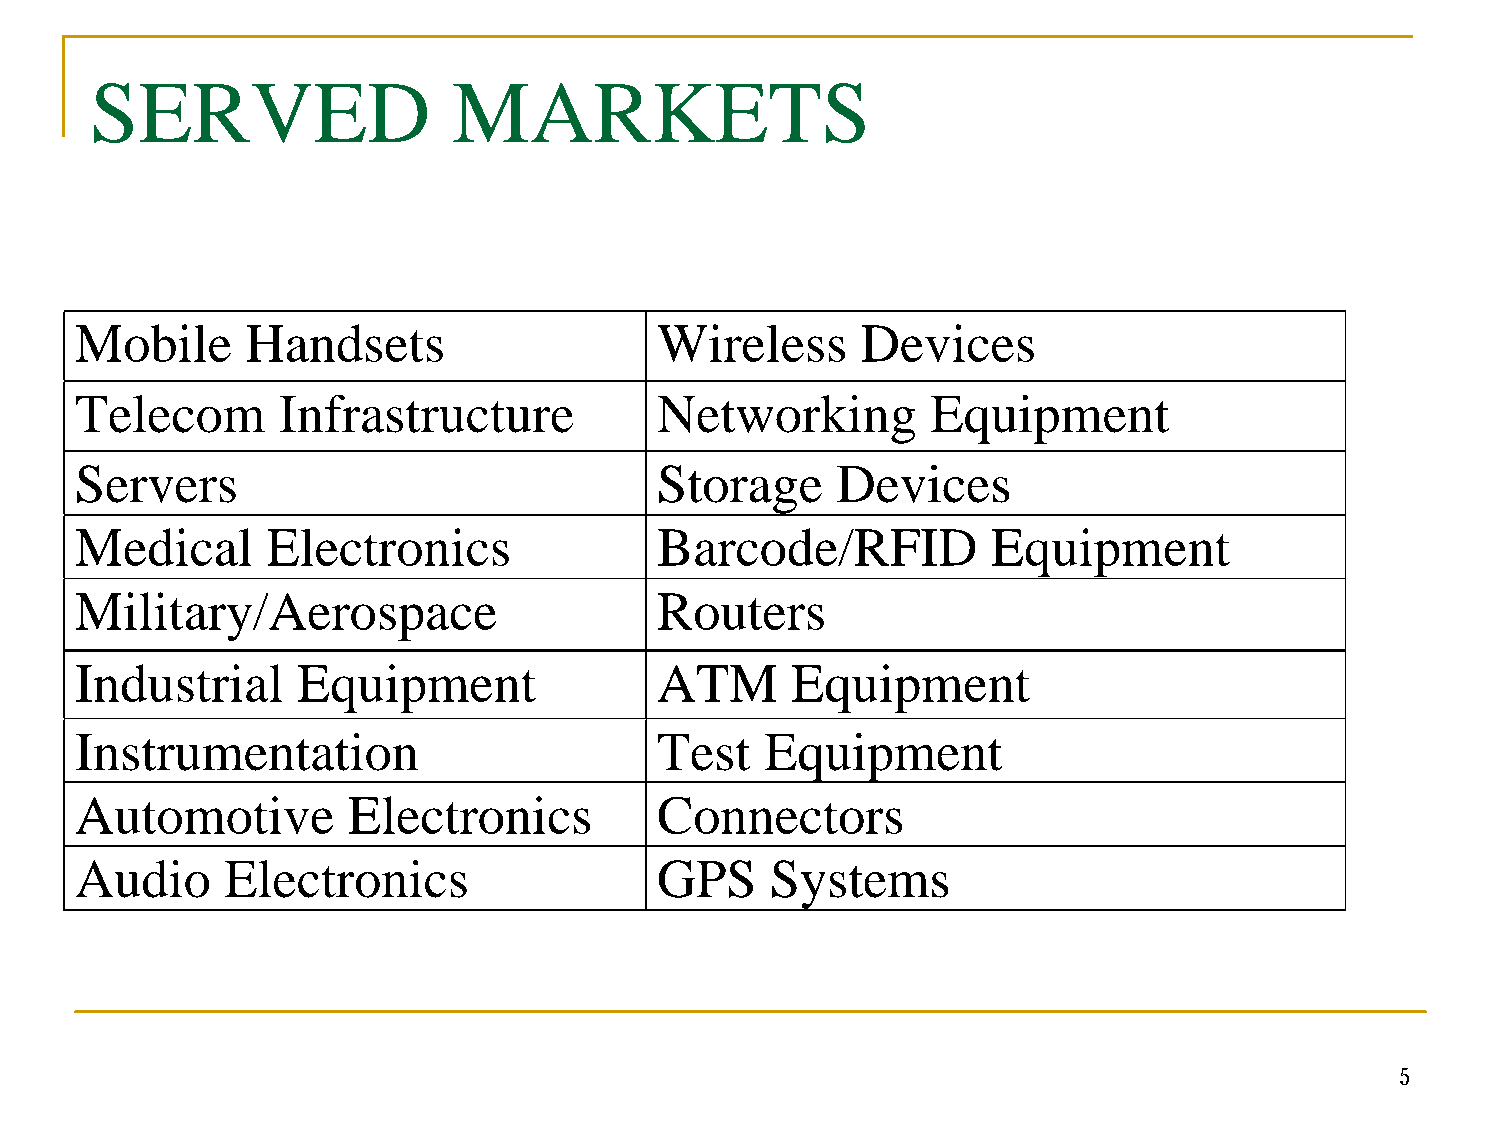
SERVED                  MARKETS
 Mobile     Handsets                   Wireless      Devices
 Telecom      Infrastructure           Networking         Equipment
 Servers                               Storage     Devices
 Medical      Electronics              Barcode/RFID           Equipment
 Military/Aerospace                    Routers
 Industrial     Equipment              ATM      Equipment
 Instrumentation                       Test    Equipment
 Automotive        Electronics         Connectors
 Audio     Electronics                 GPS     Systems
 5